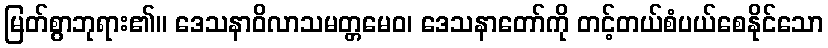
မြတ်စွာဘုရား၏။ ဒေသနာဝိလာသမတ္တမေဝ၊ ဒေသနာတော်ကို တင့်တယ်စံပယ်စေနိုင်သော